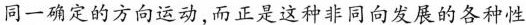
同一确定的方向运动,而正是这种非同向发展的各种性